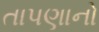
તાપણાનો